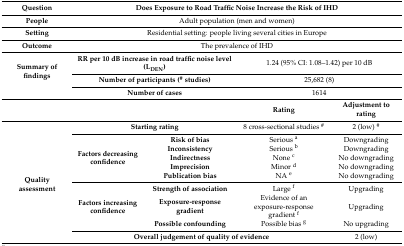
<table><thead><tr><td><b>Question</b></td><td colspan="4"><b>Does Exposure to Road Traffic Noise Increase the Risk of IHD</b></td></tr></thead><tbody><tr><td><b>People</b></td><td colspan="4">Adult population (men and women)</td></tr><tr><td><b>Setting</b></td><td colspan="4">Residential setting: people living several cities in Europe</td></tr><tr><td><b>Outcome</b></td><td colspan="4">The prevalence of IHD</td></tr><tr><td rowspan="3"><b>Summary of findings</b></td><td colspan="2"><b>RR per 10 dB increase in road traffic noise level (L<sub>DEN</sub>)</b></td><td colspan="2">1.24 (95% CI: 1.08–1.42) per 10 dB</td></tr><tr><td colspan="2"><b>Number of participants (<sup>#</sup> studies)</b></td><td colspan="2">25,682 (8)</td></tr><tr><td colspan="2"><b>Number of cases</b></td><td colspan="2">1614</td></tr><tr><td colspan="3"></td><td><b>Rating</b></td><td><b>Adjustment to rating</b></td></tr><tr><td rowspan="10"><b>Quality assessment</b></td><td colspan="2"><b>Starting rating</b></td><td>8 cross-sectional studies <sup>#</sup></td><td>2 (low) <sup>#</sup></td></tr><tr><td rowspan="5"><b>Factors decreasing confidence</b></td><td><b>Risk of bias</b></td><td>Serious <sup>a</sup></td><td>Downgrading</td></tr><tr><td><b>Inconsistency</b></td><td>Serious <sup>b</sup></td><td>Downgrading</td></tr><tr><td><b>Indirectness</b></td><td>None <sup>c</sup></td><td>No downgrading</td></tr><tr><td><b>Imprecision</b></td><td>Minor <sup>d</sup></td><td>No downgrading</td></tr><tr><td><b>Publication bias</b></td><td>NA <sup>e</sup></td><td>No downgrading</td></tr><tr><td rowspan="3"><b>Factors increasing confidence</b></td><td><b>Strength of association</b></td><td>Large <sup>f</sup></td><td>Upgrading</td></tr><tr><td><b>Exposure-response gradient</b></td><td>Evidence of an exposure-response gradient <sup>f</sup></td><td>Upgrading</td></tr><tr><td><b>Possible confounding</b></td><td>Possible bias <sup>g</sup></td><td>No upgrading</td></tr><tr><td colspan="3"><b>Overall judgement of quality of evidence</b></td><td>2 (low)</td></tr></tbody></table>